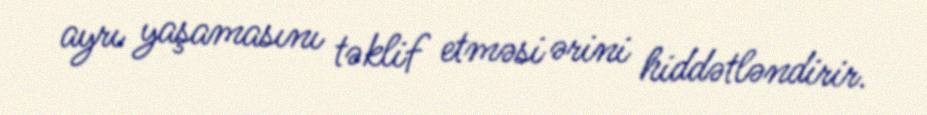
ayrı yaşamasını təklif etməsi ərini hiddətləndirir.